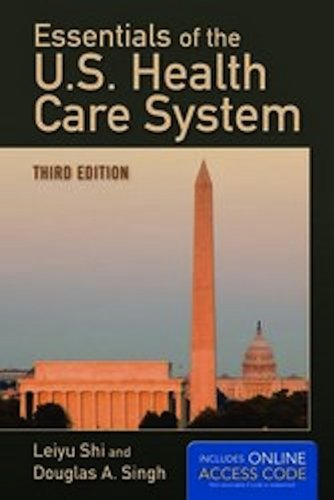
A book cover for Essentials Of The U.S. Health Care System; Leiyu Shi; Medical Books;